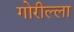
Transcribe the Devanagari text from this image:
गोरील्ला